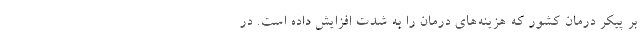
بر پیکر درمان کشور که هزینه‌های درمان را به شدت افزایش داده است. در